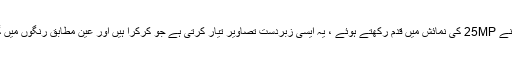
کیمرے کے سامنے 25MP کی نمائش میں قدم رکھتے ہوئے ، یہ ایسی زبردست تصاویر تیار کرتی ہے جو کرکرا ہیں اور عین مطابق رنگوں میں گفتگو کرتے ہیں۔